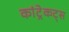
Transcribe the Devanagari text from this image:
कांट्रेकट्स